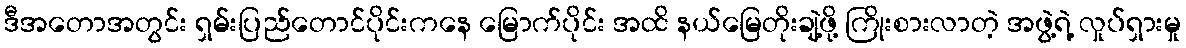
ဒီအတောအတွင်း ရှမ်းပြည်တောင်ပိုင်းကနေ မြောက်ပိုင်း အထိ နယ်မြေတိုးချဲ့ဖို့ ကြိုးစားလာတဲ့ အဖွဲ့ရဲ့ လှုပ်ရှားမှု